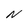
Character: N